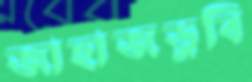
জাহাজডুবি